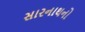
સારનાથનો